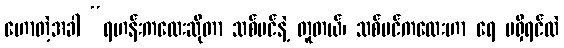
ဟောတဲ့အခါ “ရဟန်းကလေးဆိုတာ သစ်ပင်နဲ့ တူတယ်၊ သစ်ပင်ကလေးဟာ ရေ မရှိရင်လဲ